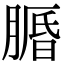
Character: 𦟕